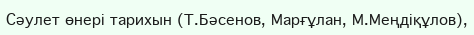
Сәулет өнері тарихын (Т.Бәсенов, Марғұлан, М.Меңдіқұлов),